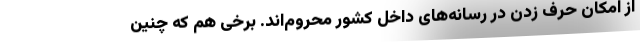
از امکان حرف زدن در رسانه‌های داخل کشور محروم‌اند. برخی هم که چنین